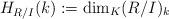
LaTeX: \begin{align*}H_{R/I} (k) := \dim_K (R/I)_k\end{align*}